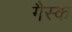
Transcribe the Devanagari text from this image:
गैस्क